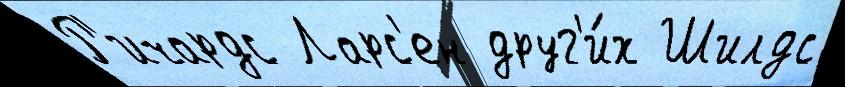
Р'ичардс Ларс'ен друг'и́х Шилдс